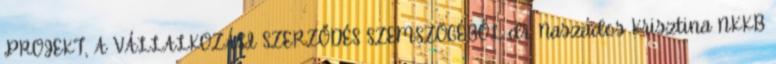
PROJEKT, A VÁLLALKOZÁSI SZERZŐDÉS SZEMSZÖGÉBŐL dr. Naszádos Krisztina NKKB